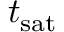
t _ { \mathrm { s a t } }